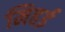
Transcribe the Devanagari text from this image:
मिहई